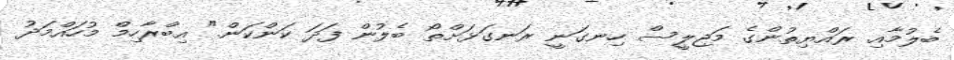
ބެލުމާއި. ރައްޔިތުންގެ މަޖިލީސް ހިނގަނީ ރަނގަޅަށްތޯ ބެލުން ފަދަ ކަންކަން." އިބްރާހިމް މުހައްމަދު